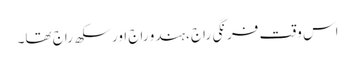
اس وقت فرنگی راج ،ہندو راج اور سکھ راج تھا۔